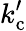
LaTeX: k_{\mathrm{c}}^{\prime}